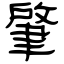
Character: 肇